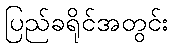
ပြည်ခရိုင်အတွင်း